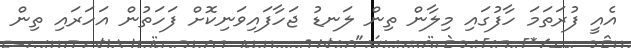
އެއީ ފުރަތަމަ ހާފުގައި މިލާން ތިން ލަނޑު ޖަހާފައިވަނިކޮށް ފަހަތުން އަހަރައި ތިން